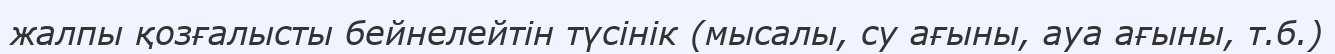
жалпы қозғалысты бейнелейтін түсінік (мысалы, су ағыны, ауа ағыны, т.б.)